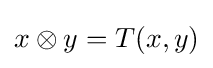
x\otimes y=T(x,y)